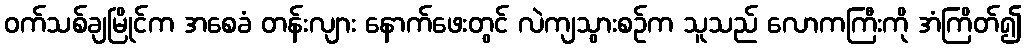
ဝက်သစ်ချမြိုင်က အစေခံ တန်းလျား နောက်ဖေးတွင် လဲကျသွားစဉ်က သူသည် လောကကြီးကို အံကြိတ်၍